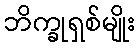
ဘိက္ခုရှစ်မျိုး